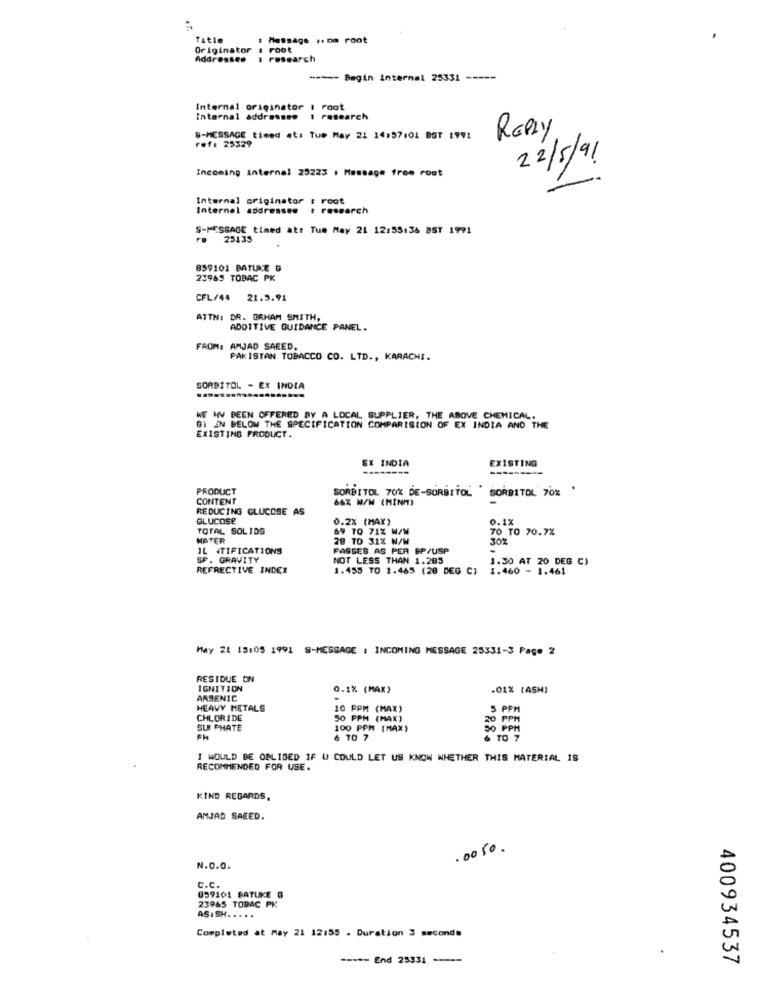
Title
Message .. Da root
Originator
Foot
Addressee
. research
--- Begin internal 25331 -----
Internal originator I root
Internal addressee 1 research
$-MESSAGE timed at: Tup May 21 14:57101 BST 1991
ref: 25329
REPLY
22/5/91
Incoming internal 25223 . Message from root
Internal originator : root
Internal addressee
t research
S-MESSAGE timed att Tue May 21 12:55:36 BST 1991
25135
859101 BATUKE G
23965 TOBAC PK
CFL/44
21.5.91
ATTN: DR. BRHAM SMITH,
ADDITIVE GUIDANCE PANEL.
FROM: AMJAD SAEED,
PAKISTAN TOBACCO CO. LTD ., KARACHI.
SORBITOL - EX INDIA
WE HV BEEN OFFERED BY A LOCAL SUPPLIER, THE ABOVE CHEMICAL.
GI IN BELOW THE SPECIFICATION COMPARISION OF EX INDIA AND THE
EXISTING PRODUCT.
EX INDIA
EXISTING
PRODUCT
SORBITOL 70% DE-SORBITOL ' SORBITOL 70%
CONTENT
66X W/W (MINM)
REDUCING GLUCOSE AS
GLUCOSE
0.2% (MAX)
0.1%
TOTAL SOLIDS
69 TO 71% W/W
70 TO 70.7%
MATER
28 TO 31% N/W
IL ITIFICATIONS
FASSES AS PER EP/USP
SP. GRAVITY
NOT LESS THAN 1.205
1.30 AT 20 DEG C)
REFRECTIVE INDEX
1.455 TO 1.465 (28 DEG C)
1.460 - 1.461
May 21 15:05 1991 S-MESSAGE : INCOMING MESSAGE 25331-3 Page 2
RESIDUE ON
IGNITION
0.1% (MAX)
.01% (ASH)
ARSENIC
HEAVY METALS
10 PPM (MAX)
5 PPM
CHLORIDE
50 PPM (MAX)
SU CHATE
100 PPM (MAX)
30 PPH
6 TO 7
I WOULD BE ONLISED IF I COULD LET US KNOW WHETHER THIS MATERIAL IS
RECOMMENDED FOR USE.
KIND REGARDS,
AMJAD SAEED.
.0050.
N.O.0.
C.C.
059101 BATUKE 6
23945 TOBAC PK
AS. SH. . . . .
Completed at May 21 12:55 . Duration 3 seconds
----- End 25331 -----
400934537